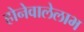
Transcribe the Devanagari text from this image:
होनेवालेलाभ